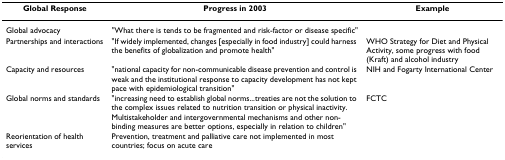
| Global Response | Progress in 2003 | Example |
 | --- | --- | --- |
 | Global advocacy | "What there is tends to be fragmented and risk-factor or disease specific" |  |
 | Partnerships and interactions | "If widely implemented, changes [especially in food industry] could harness the benefits of globalization and promote health" | WHO Strategy for Diet and Physical Activity, some progress with food (Kraft) and alcohol industry |
 | Capacity and resources | "national capacity for non-communicable disease prevention and control is weak and the institutional response to capacity development has not kept pace with epidemiological transition" | NIH and Fogarty International Center |
 | Global norms and standards | "increasing need to establish global norms...treaties are not the solution to the complex issues related to nutrition transition or physical inactivity. Multistakeholder and intergovernmental mechanisms and other non-binding measures are better options, especially in relation to children" | FCTC |
 | Reorientation of health services | Prevention, treatment and palliative care not implemented in most countries; focus on acute care |  |